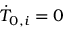
\dot { T } _ { 0 , i } = 0